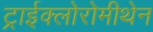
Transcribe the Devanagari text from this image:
ट्राईक्लोरोमीथेन